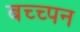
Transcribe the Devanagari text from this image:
बच्च्पन